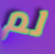
لم